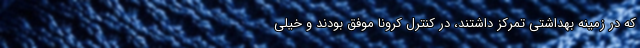
که در زمینه بهداشتی تمرکز داشتند، در کنترل کرونا موفق بودند و خیلی